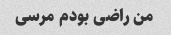
من راضی بودم مرسی